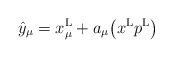
\begin{gather*}\hat{y}_\mu=x_\mu^{\rm L}+a_\mu\big(x^{\rm L}p^{\rm L}\big)\end{gather*}